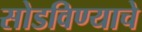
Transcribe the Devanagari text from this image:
सोडविण्याचे